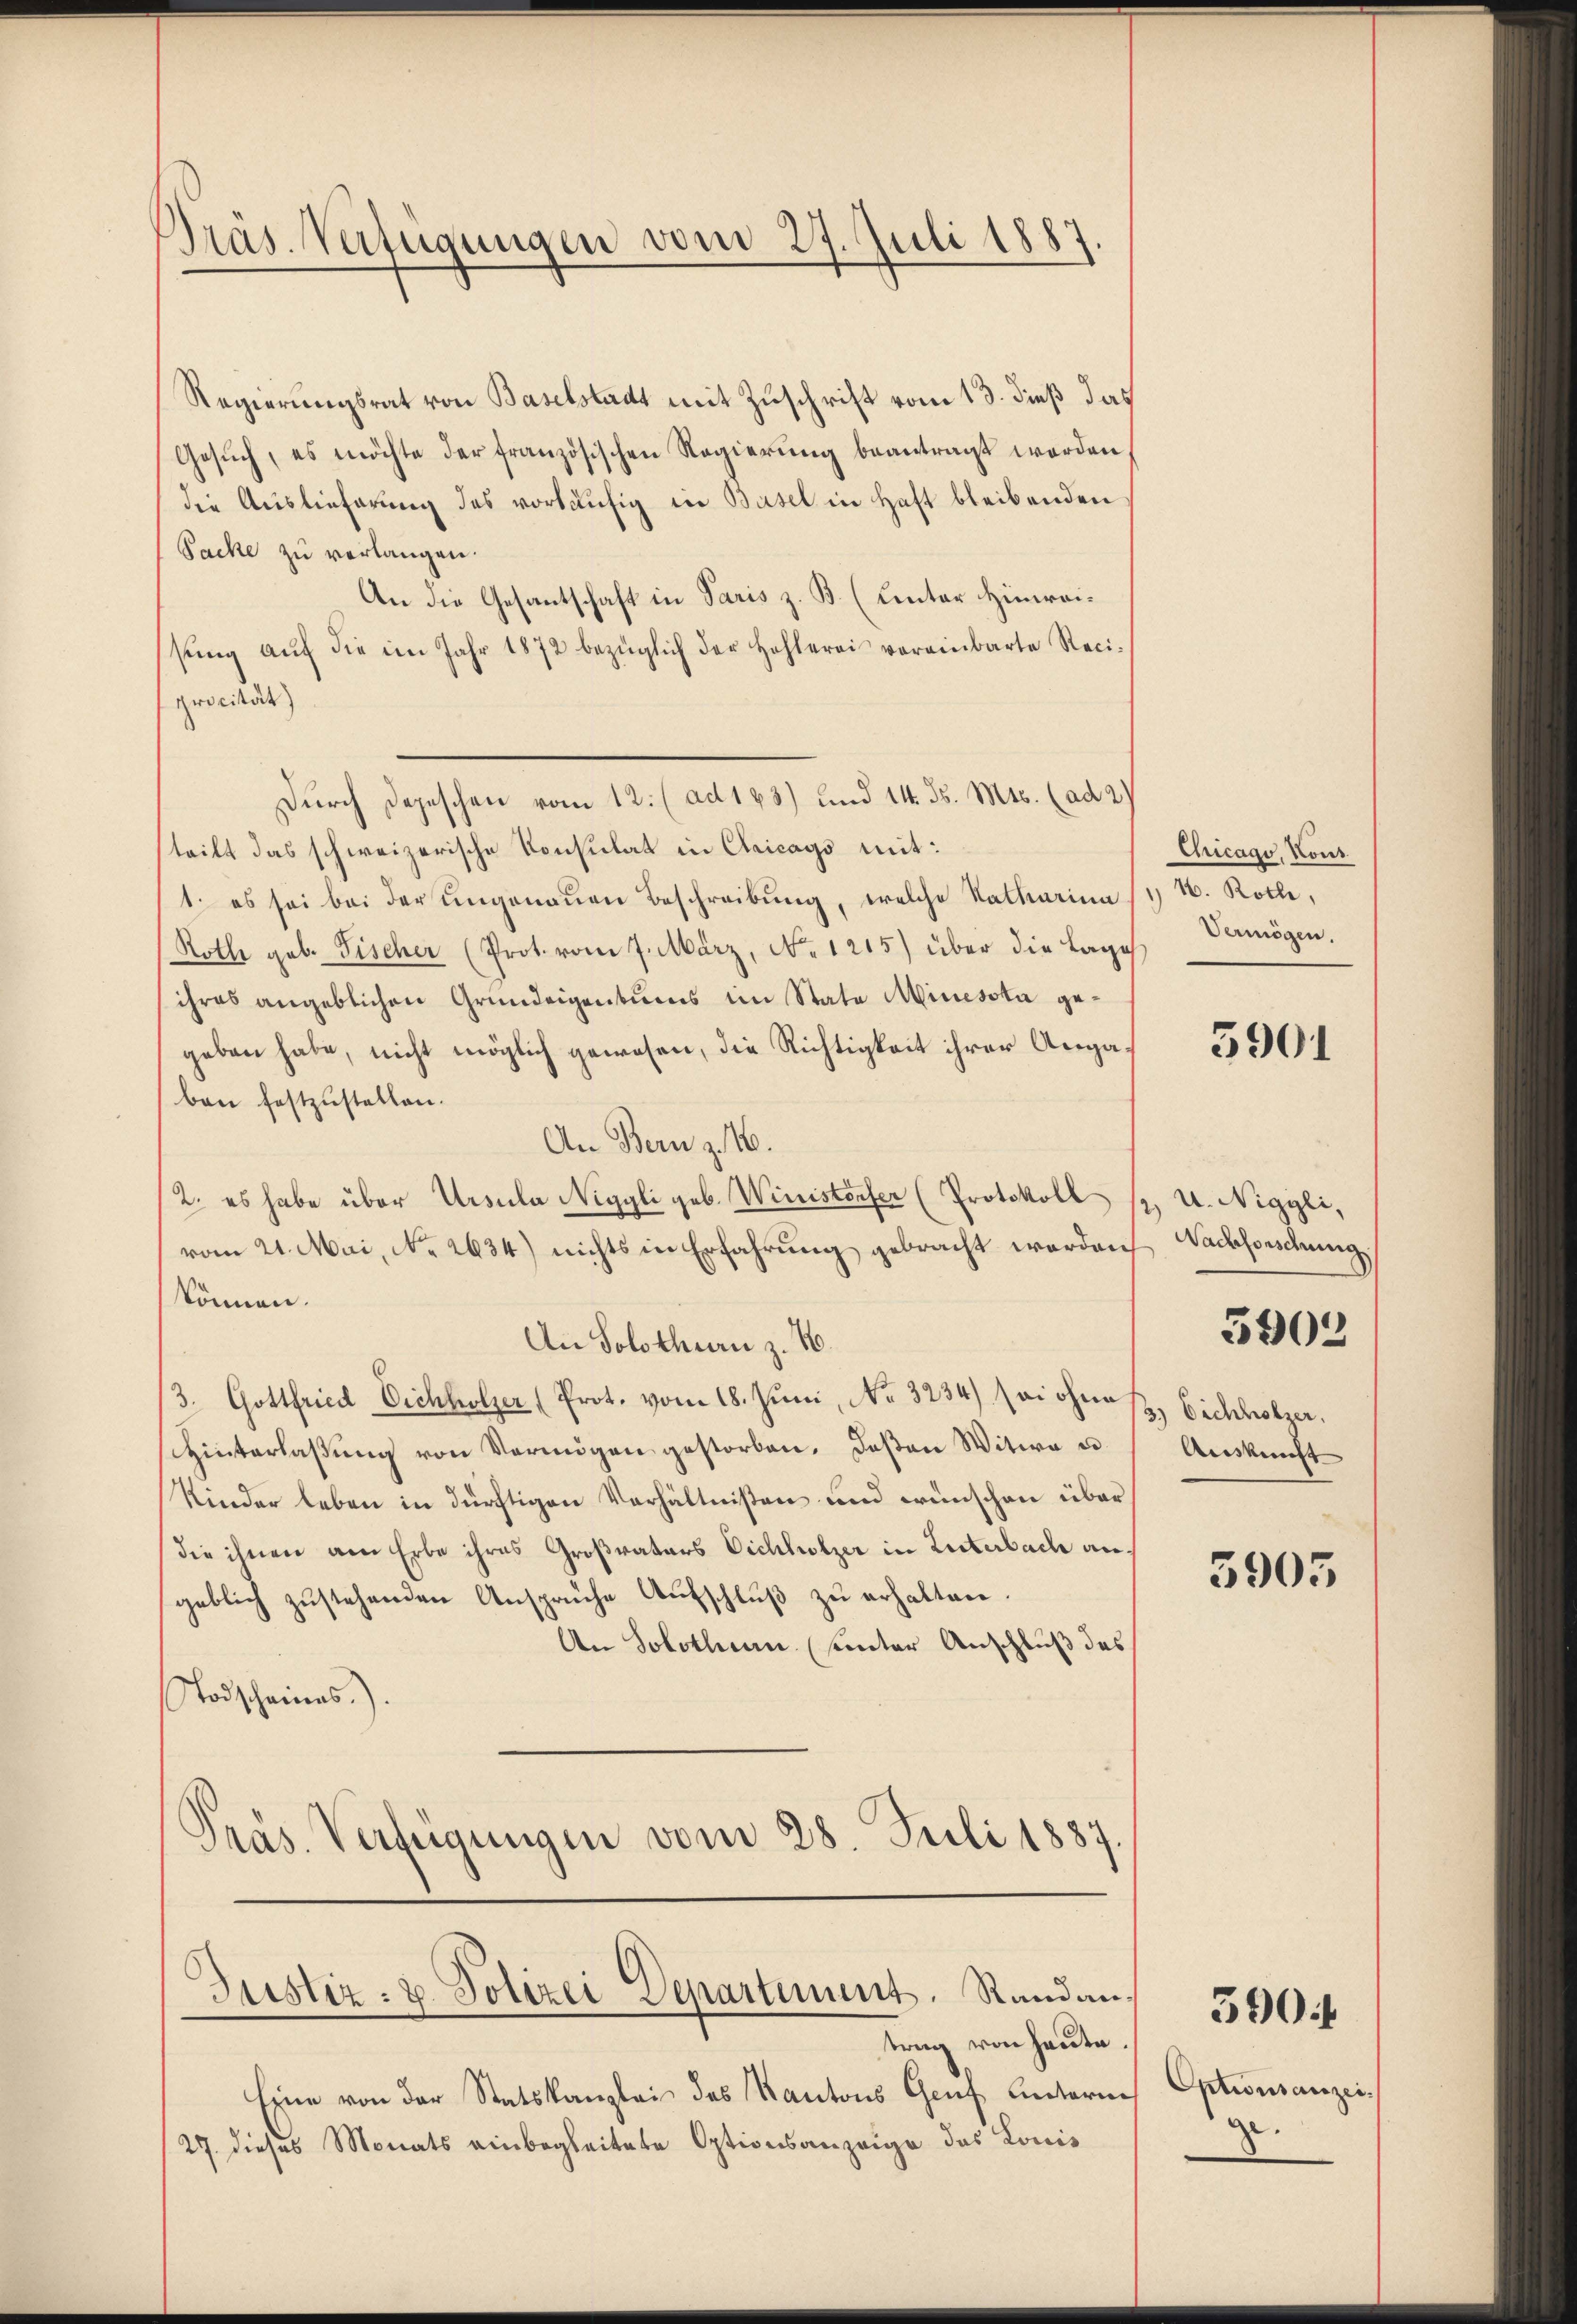
Präs. Verfügungen vom 27. Juli 1887.

Regierungsrat von Baselstadt mit Zuschrift vom 13. dieß das
Gesŭch, es möchte der französischen Regierung beantragt worden
die Auslieferung des vorläufig in Basel in Haft bleibenden
Sache zu verlangen.
An die Gesantschaft in Paris z. B. (Unter Hinreisŭng aŭf die im Jahr 1872 bezüglich der Hohlerei vereinbarte Reci-
procität)
Durch Depeschen vom 12. (ad 163) und 14. ds. Mts. (ad 2.)
steilt das schweizerische Konsulat in Cricago mit:
1. es sei bei der ungenauen Beschreibung, welche Katharina
Rothe geb. Fischer (Prot. vom 7. März, No. 1215) über die Lage
ihres angeblichen Grundeigentums im State Minista gegeben habe, nicht möglich gewesen, die Richtigkeit ihrer Angaben festzustellen.
An Bern z. 16.
2. es habe über Ursula Niggli geb. Winisterfer (Protokoll 1. U. Niggli,
vom 21. Mai, No 2634) nichts in Erfahrung gebracht werden
können.
An Solothurn z. B.
/3. Gottfried Eichholzer (Prot. vom 18. Juni, No. 3234) sei ohnes, Eichholzer.
Hinterlassŭng von Vermögen gestorben. Deßen Witwe u
Kinder leben in dürftigen Verhältnißen und wünschen über
die ihnen am Erbe ihres Großraters Eichholzer in Luterbach angeblich zustehenden Ansprüche Aufschluß zu erhalten.
An Solothur unter Anschluß des
Todscheines.).
Präs. Verfügungen vom 28. Juli 1887

Justiz- & Polizei Departement. Randan¬

trag von heute.
Eine von der Statskanzlei des Kantons Genf unterne
27. dieses Monats einbegleitete Optionsanzeige das Lonis

Chicago, Kont
 16. Rothe,
Vermögen.

5901

Nachforschung
Auskunft

5903

5903

Optionsanzeige.

390.